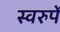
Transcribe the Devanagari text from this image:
स्वरुपें